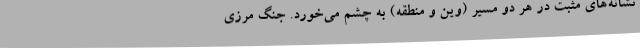
نشانه‌های مثبت در هر دو مسیر (وین و منطقه) به چشم می‌خورد. جنگ مرزی